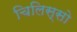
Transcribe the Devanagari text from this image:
चिलिस्सो